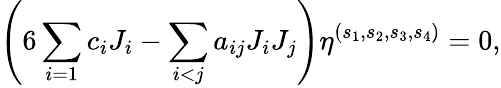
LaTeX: \left(6\sum_{i=1}c_{i}J_{i}-\sum_{i<j}a_{ij}J_{i}J_{j}\right)\eta^{(s_{1},s_{2},s_{3},s_{4})}=0,